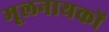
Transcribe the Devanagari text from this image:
मूलनायकों